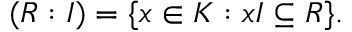
( R : I ) = \{ x \in K : x I \subseteq R \} .